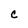
Character: C